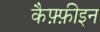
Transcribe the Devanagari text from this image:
कैफ़्फ़ीइन